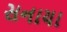
સનાયા